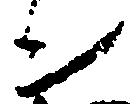
ン